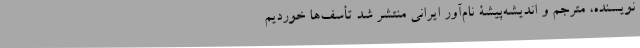
نویسنده، مترجم و اندیشه‌پیشۀ نام‌آور ایرانی منتشر شد تأسف‌ها خوردیم